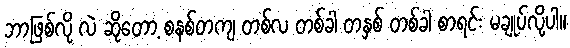
ဘာဖြစ်လို လဲ ဆိုတော့ စနစ်တကျ တစ်လ တစ်ခါ တနှစ် တစ်ခါ စာရင်း မချုပ်လို့ပါ။